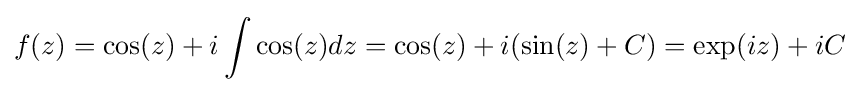
f(z)=\cos(z)+i\int \cos(z)dz=\cos(z)+i(\sin(z)+C)=\exp(iz)+iC